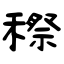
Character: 穄